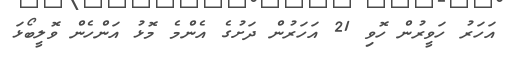
އަހަރު ހަވީރުން ހޮވި 21 އަހަރުން ދަށުގެ އެންމެ މޮޅު އަންހެން ވޮލީބޯޅަ